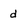
Character: d